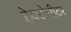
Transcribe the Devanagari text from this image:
हेक्टोमीटर